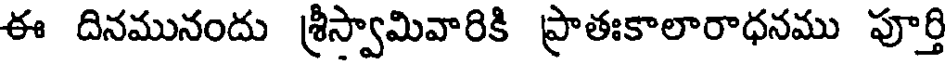
ఈ దినమునందు శ్రీస్వామివారికి ప్రాతఃకాలారాధనము పూర్తి